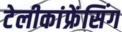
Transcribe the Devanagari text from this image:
टेलीकांफ्रेंसिंग